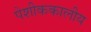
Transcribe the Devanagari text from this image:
पेशीककालीय